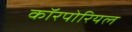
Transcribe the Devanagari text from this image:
कॉरपोरियल